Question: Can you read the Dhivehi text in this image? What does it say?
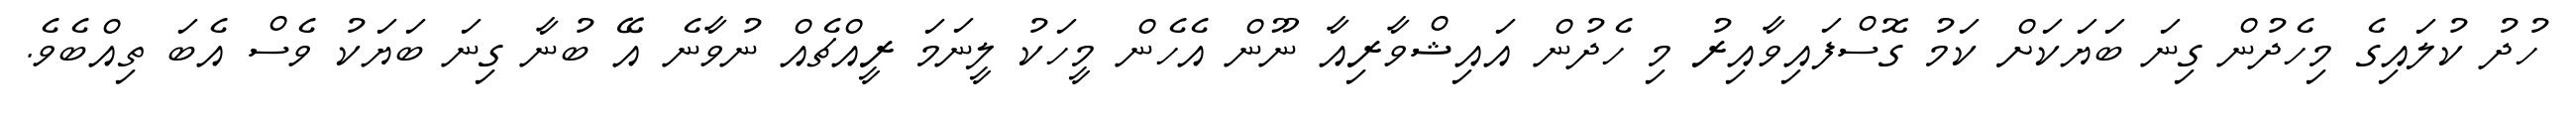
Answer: ހުދު ކުލައިގެ މިހެދުން ގިނަ ބަޔަކަށް ކަމު ގޮސްފައިވާއިރު މި ހެދުން އައިޝްވާރިއާ ނޫން އެހެން މީހަކު ލީނަމަ ރީއްޗެއް ނުވާނެ އޭ ބުނާ ގިނަ ބަޔަކު ވެސް އެބަ ތިއްބެވެ.